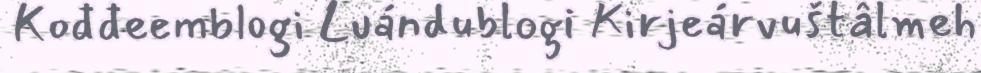
Kođđeemblogi Luándublogi Kirjeárvuštâlmeh